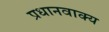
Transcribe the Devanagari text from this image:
प्रधानवाक्य